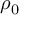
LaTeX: ~ \rho _ { 0 }